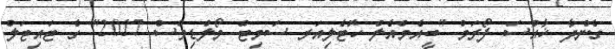
ގެންދާ ޚާއްސަ ފޯރަމް "ބީއެމްއެލް ހޮޓެލިއަރ ސަމިޓް މޯލްޑިވްސް 2017" ގެ ޓައިޓަލް